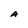
Character: A